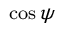
\scriptstyle { \cos \psi }